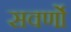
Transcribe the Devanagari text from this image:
सवर्णो